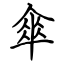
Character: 傘